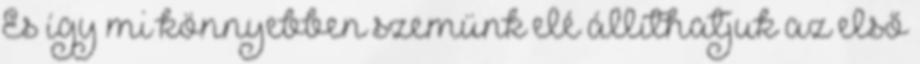
És így mi könnyebben szemünk elé állíthatjuk az első